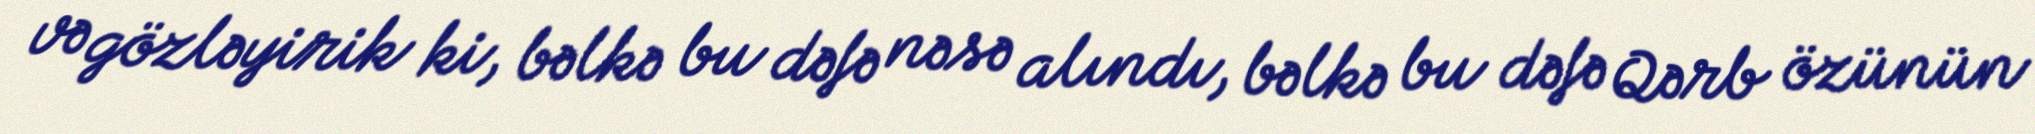
və gözləyirik ki, bəlkə bu dəfə nəsə alındı, bəlkə bu dəfə Qərb özünün